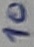
Text: 10